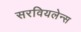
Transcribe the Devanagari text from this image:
सरवियलेन्स